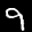
Label: 9